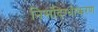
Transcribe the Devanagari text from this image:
निसंदिग्धीकरण